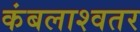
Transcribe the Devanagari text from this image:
कंबलाश्वतर